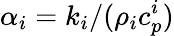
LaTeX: \alpha_{i}={k_{i}/(\rho_{i}c_{p}^{i})}